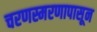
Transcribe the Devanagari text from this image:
चरणस्मरणापासून